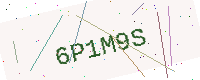
Text: 6P1M9S